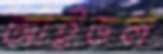
আইডল